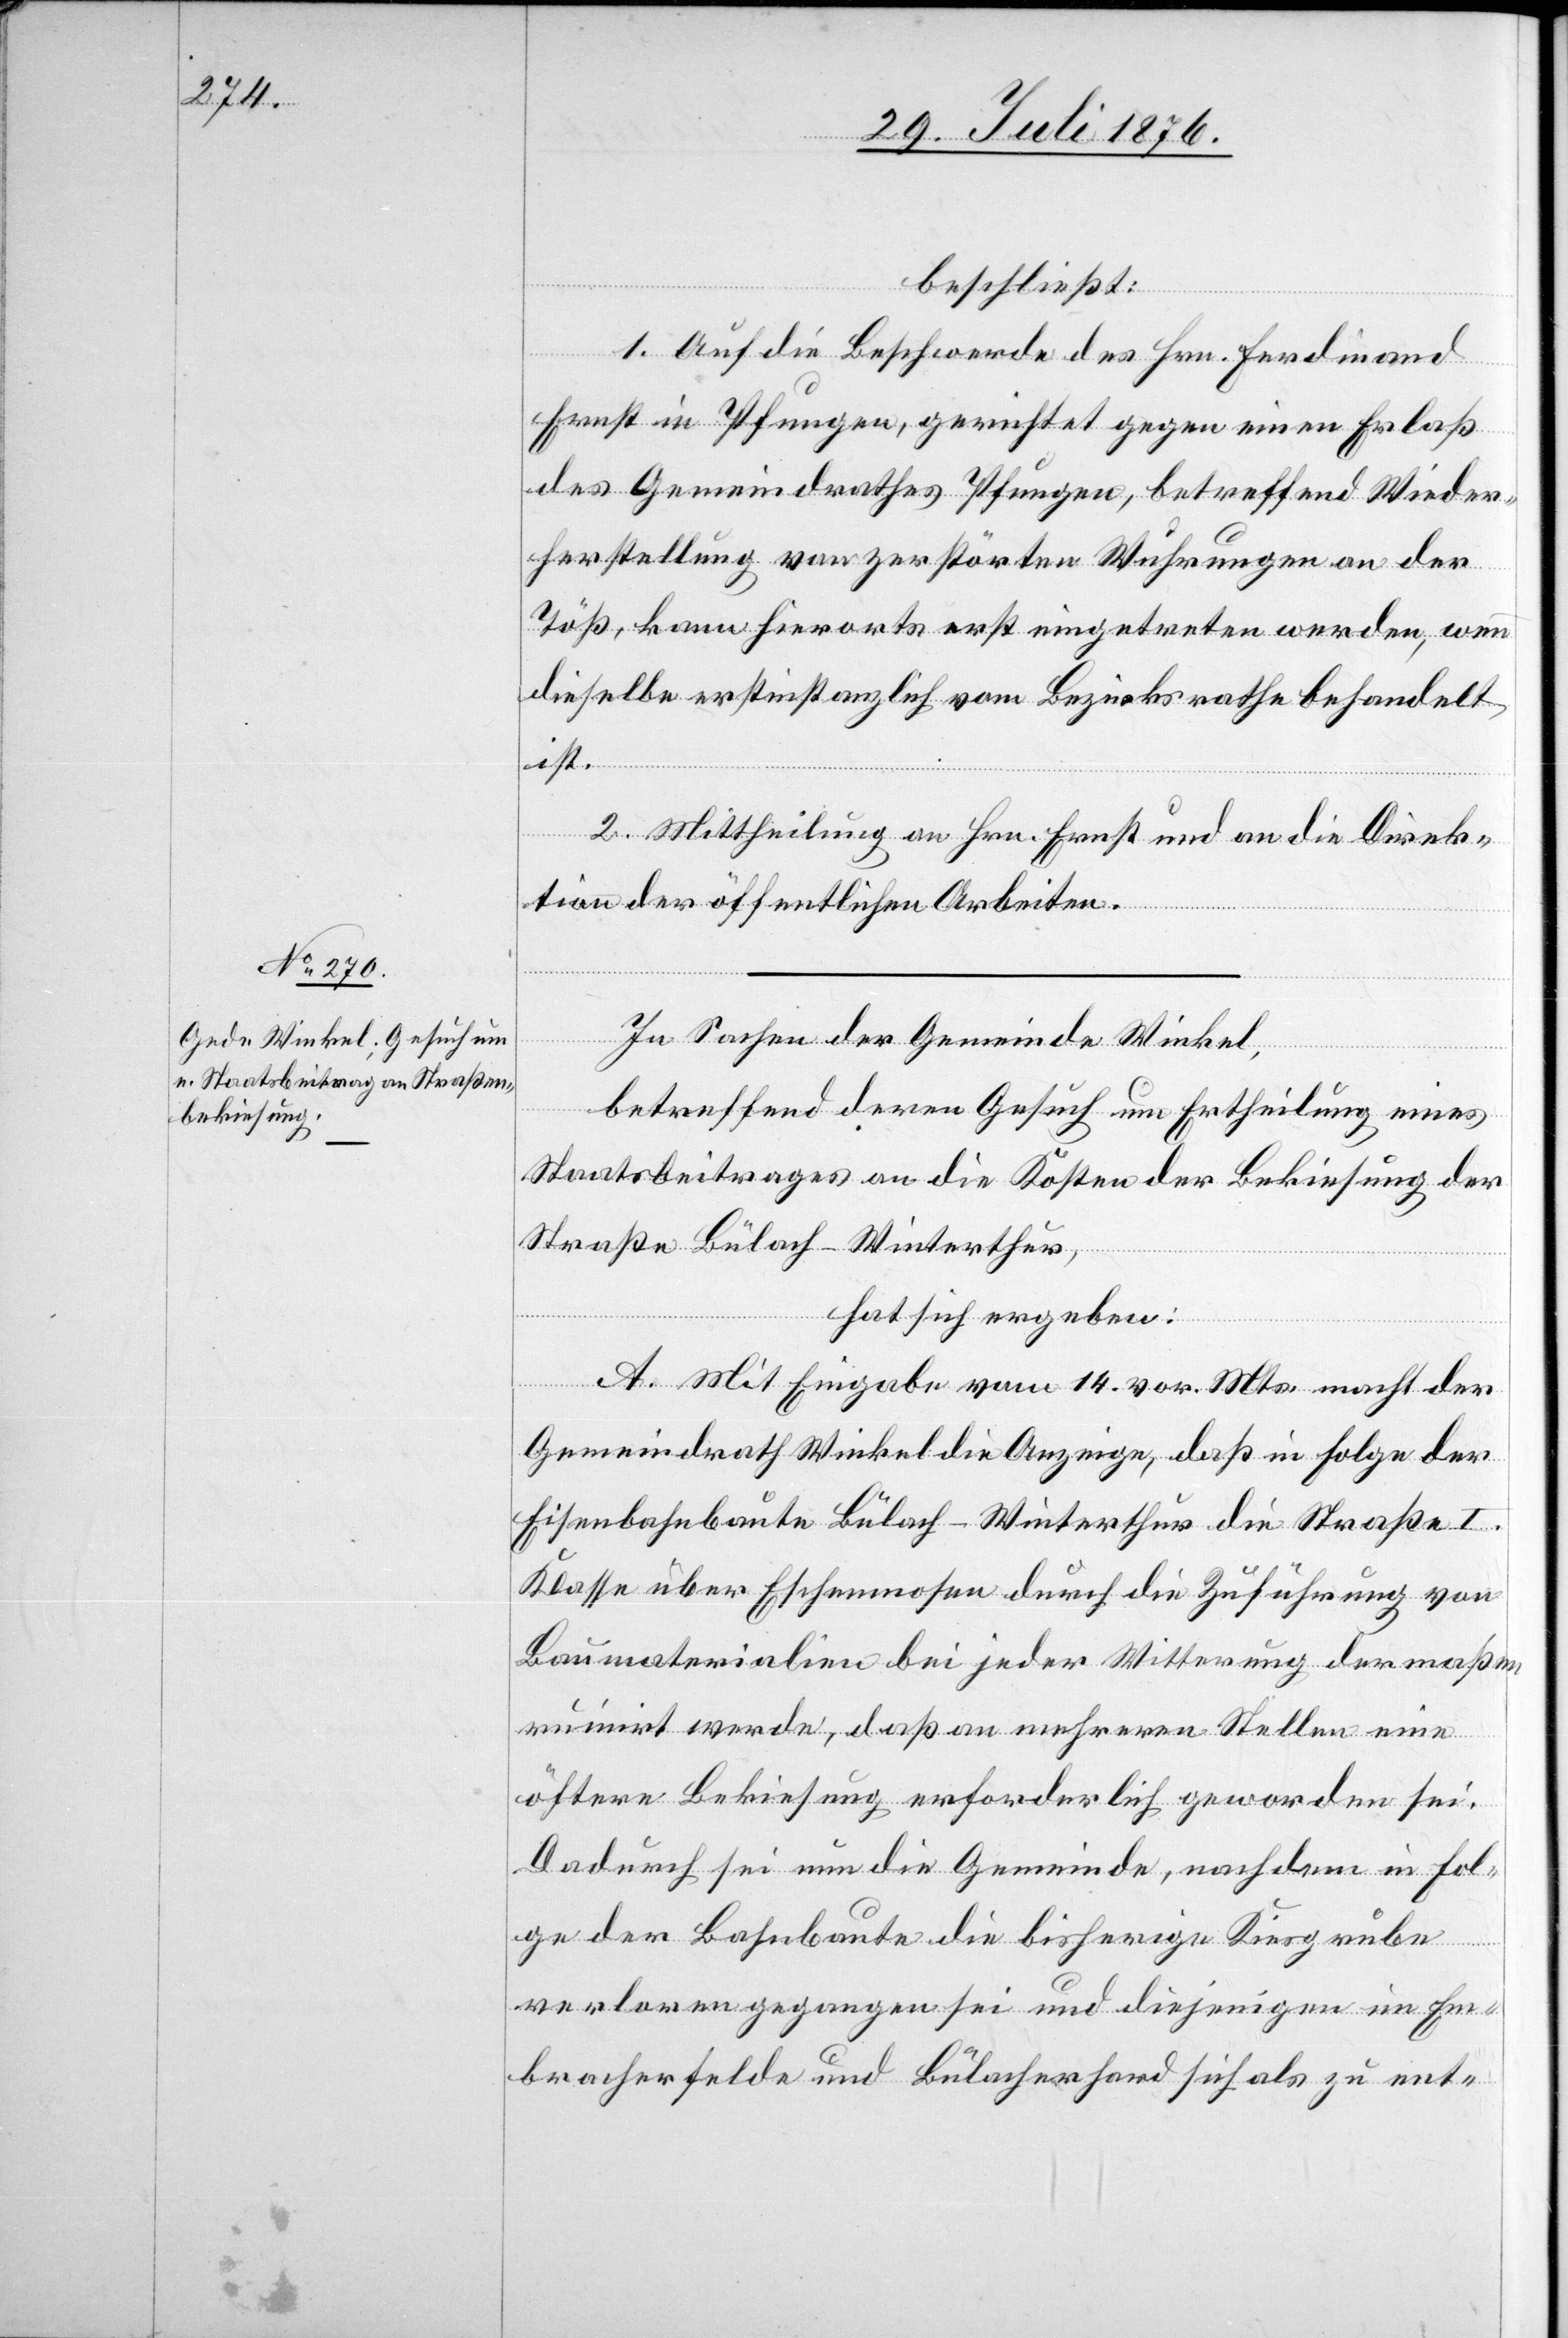
beschließt:
1. Auf die Beschwerde des Hrn. Ferdinand
Ernst in Pfungen, gerichtet gegen einen Erlaß
des Gemeindrathes Pfungen, betreffend Wieder¬
herstellung von zerstörten Wuhrungen an der
Töß, kann hierorts erst eigetreten werden, wenn
dieselbe erstinstanzlich vom Bezirksrathe behandelt
ist.
2. Mittheilung an Hrn. Ernst und an die Direk¬
tion der öffentlichen Arbeiten.
In Sachen der Gemeinde Winkel,
betreffend deren Gesuch um Ertheilung eines
Staatsbeitrages an die Kosten der Bekiesung der
Straße Bülach–Winterthur,
hat sich ergeben:
A. Mit Eingabe vom 14. vor. Mts. macht der
Gemeindrath Winkel die Anzeige, daß in Folge der
Eisenbahnbaute Bülach–Winterthur die Straße I.
Klasse über Eschenmosen durch die Zuführung von
Baumaterialien bei jeder Witterung der maßen
ruinirt werde, das an mehreren Stellen eine
öftere Bekiesung erforderlich geworden sei.
Dadurch sei nun die Gemeinde, nachdem in Fol¬
ge der Bahnbaute die bisherige Kiesgrube
verloren gegangen sei und diejenigen im Em¬
bracherfelde und Bülacherhard sich als zu ent-